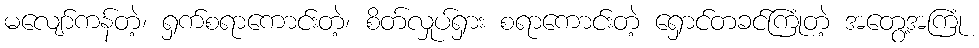
မလျော်ကန်တဲ့၊ ရှက်စရာကောင်းတဲ့၊ စိတ်လှုပ်ရှား စရာကောင်းတဲ့ ရှောင်တခင်ကြုံတဲ့ အတွေ့အကြုံ